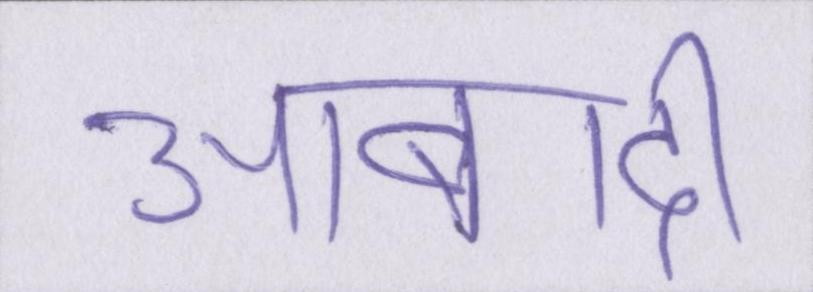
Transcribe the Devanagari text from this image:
आबादी